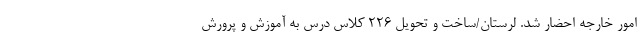
امور خارجه احضار شد. لرستان/ساخت و تحویل ۲۲۶ کلاس درس به آموزش و پرورش